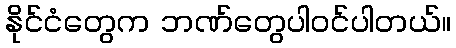
နိုင်ငံတွေက ဘဏ်တွေပါဝင်ပါတယ်။